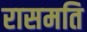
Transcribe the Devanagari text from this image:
रासमति